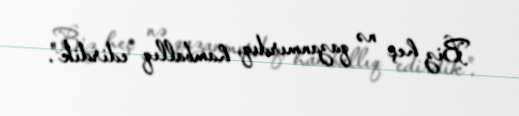
Biz heç nə qazanmırdıq, hamballıq edirdik".